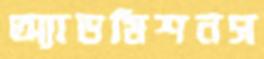
অ্যাডমিশনস